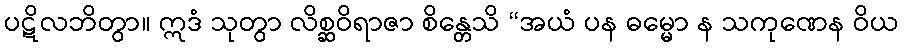
ပဋိလဘိတွာ။ ဣဒံ သုတွာ လိစ္ဆဝိရာဇာ စိန္တေသိ “အယံ ပန ဓမ္မော န သကုဏေန ဝိယ